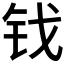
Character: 𫓨